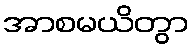
အာစမယိတွာ